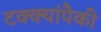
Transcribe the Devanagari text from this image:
टक्क्यांपैकी